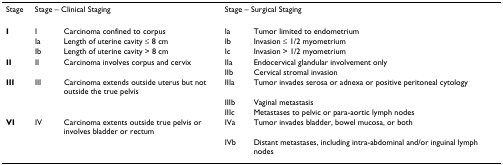
| Stage | <COLSPAN=2> Stage – Clinical Staging | <COLSPAN=2> Stage – Surgical Staging |
 | --- | --- | --- | --- | --- |
 | I | I | Carcinoma confined to corpus | Ia | Tumor limited to endometrium |
 |  | Ia | Length of uterine cavity ≤ 8 cm | Ib | Invasion ≤ 1/2 myometrium |
 |  | Ib | Length of uterine cavity > 8 cm | Ic | Invasion > 1/2 myometrium |
 | II | II | Carcinoma involves corpus and cervix | IIa | Endocervical glandular involvement only |
 |  |  |  | IIb | Cervical stromal invasion |
 | III | III | Carcinoma extends outside uterus but not outside the true pelvis | IIIa | Tumor invades serosa or adnexa or positive peritoneal cytology |
 |  |  |  | IIIb | Vaginal metastasis |
 |  |  |  | IIIc | Metastases to pelvic or para-aortic lymph nodes |
 | VI | IV | Carcinoma extents outside true pelvis or involves bladder or rectum | IVa | Tumor invades bladder, bowel mucosa, or both |
 |  |  |  | IVb | Distant metastases, including intra-abdominal and/or inguinal lymph nodes |